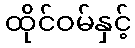
ထိုင်ဝမ်နှင့်